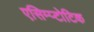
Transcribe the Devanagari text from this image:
एसिम्प्टोटिक